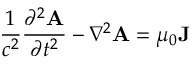
{ \frac { 1 } { c ^ { 2 } } } { \frac { \partial ^ { 2 } \mathbf { A } } { \partial t ^ { 2 } } } - \nabla ^ { 2 } { \mathbf { A } } = \mu _ { 0 } \mathbf { J }